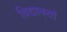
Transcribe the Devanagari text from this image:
विद्यावतां